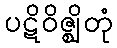
ပဋိဝိဇ္ဈိတုံ